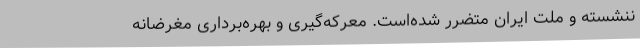
ننشسته و ملت ایران متضرر شده‌است. معرکه‌گیری و بهره‌برداری مغرضانه